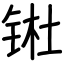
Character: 𬭊